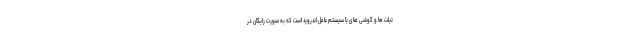
تبلت ها و گوشی های با سیستم عامل اندروید است که به صورت رایگان در